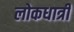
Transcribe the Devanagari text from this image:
लोकधात्री